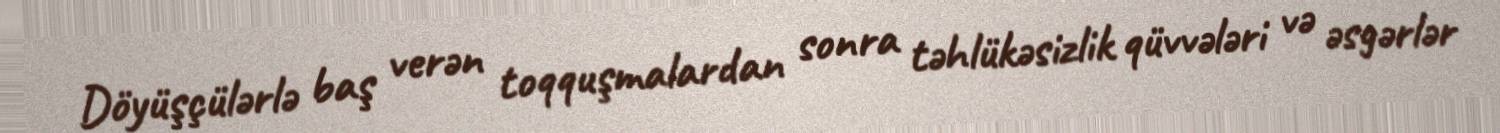
Döyüşçülərlə baş verən toqquşmalardan sonra təhlükəsizlik qüvvələri və əsgərlər